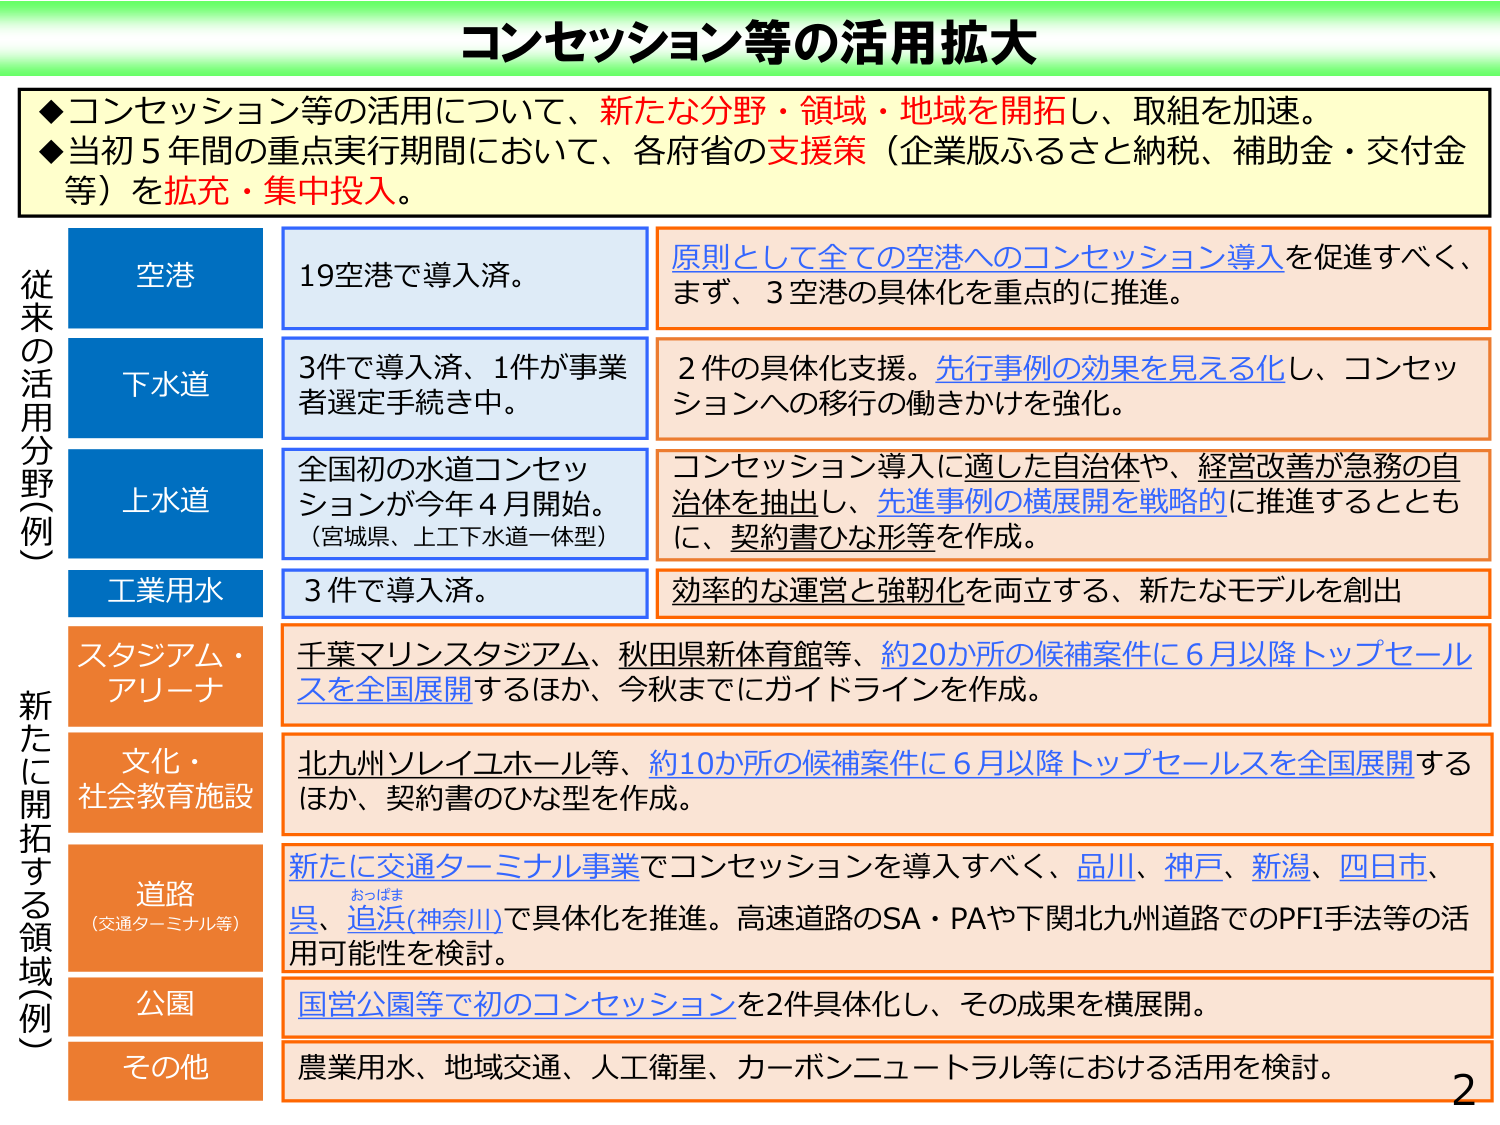
コンセッション等の活用拡大

◆コンセッション等の活用について、新たな分野・領域・地域を開拓し、取組を加速。
◆当初5年間の重点実行期間において、各府省の支援策（企業版ふるさと納税、補助金・交付金等）を拡充・集中投入。

従来の活用分野（例）
空港
19空港で導入済。
原則として全ての空港へのコンセッション導入を促進すべく、まず、3空港の具体化を重点に推進。

下水道
3件で導入済、1件が事業者選定手続き中。
2件の具体化支援。先行事例の効果を見える化し、コンセッションへの移行の働きかけを強化。

上水道
全国初の水道コンセッションが今年4月開始。（宮城県、上工下水道一体型）
コンセッション導入に適した自治体や、経営改善が急務の自治体を抽出し、先行事例の横展開を戦略的に推進するとともに、契約書ひな形等を作成。

工業用水
3件で導入済。
効率的な運営と強靭化を両立する、新たなモデルを創出

新たに開拓する領域（例）
スタジアム・アリーナ
千葉マリンスタジアム、秋田県新体育館等、約20か所の候補案件に6月以降トップセールスを全国展開するほか、今秋までにガイドラインを作成。

文化・社会教育施設
北九州ソレイユホール等、約10か所の候補案件に6月以降トップセールスを全国展開するほか、契約書のひな型を作成。

道路（交通ターミナル等）
新たに交通ターミナル事業でコンセッションを導入すべく、品川、神戸、新潟、四日市、呉、追浜（神奈川）で具体化を推進。高速道路のSA・PAや下関北九州道路でのPFI手法等の活用可能性を検討。

公園
国営公園等で初のコンセッションを2件具体化し、その成果を横展開。

その他
農業用水、地域交通、人工衛星、カーボンニュートラル等における活用を検討。

2